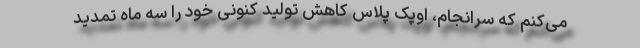
می‌کنم که سرانجام، اوپک پلاس کاهش تولید کنونی خود را سه ماه تمدید